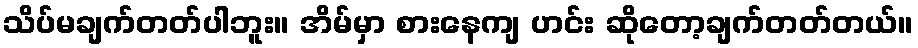
သိပ်မချက်တတ်ပါဘူး။ အိမ်မှာ စားနေကျ ဟင်း ဆိုတော့ချက်တတ်တယ်။